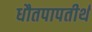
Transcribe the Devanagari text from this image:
धौतपापतीर्थ